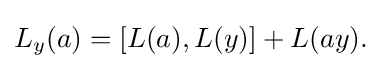
\displaystyle {L_{y}(a)=[L(a),L(y)]+L(ay).}